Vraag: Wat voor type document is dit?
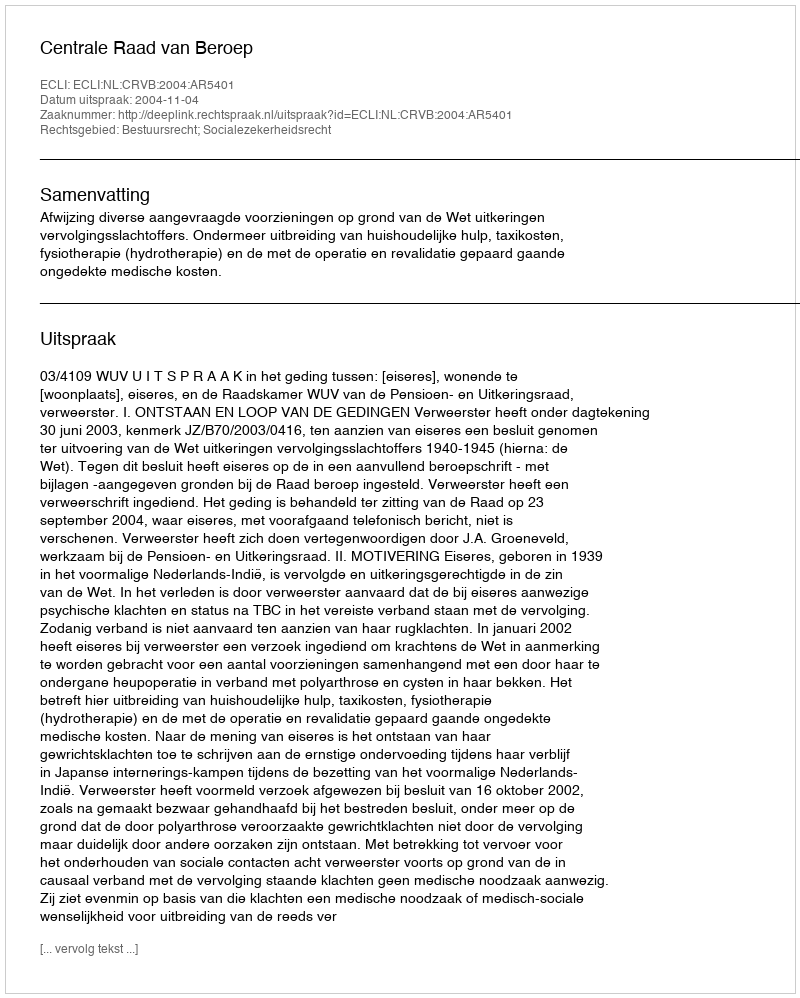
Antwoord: Uitspraak